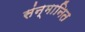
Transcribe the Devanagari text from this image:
संन्मानित